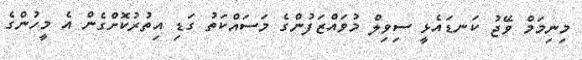
މިނިމަމް ވޭޖު ކަނޑައެޅީ ސިވިލް މުވައްޒަފުންގެ މަސައްކަތު ގަޑި އިތުރުކޮށްގެން އެ މީހުންގެ